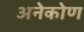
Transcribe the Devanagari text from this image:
अनेकोण